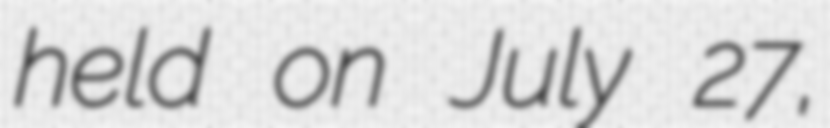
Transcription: held on July 27,